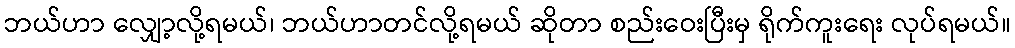
ဘယ်ဟာ လျှော့လို့ရမယ်၊ ဘယ်ဟာတင်လို့ရမယ် ဆိုတာ စည်းဝေးပြီးမှ ရိုက်ကူးရေး လုပ်ရမယ်။